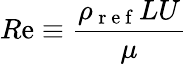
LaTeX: R\mathrm{e}\equiv\frac{{\rho_{\mathrm{{~r~\mathrm{e}~f~}}}LU}}{{\mu}}